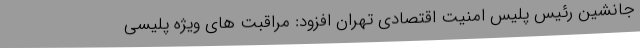
جانشین رئیس پلیس امنیت اقتصادی تهران افزود: مراقبت های ویژه پلیسی